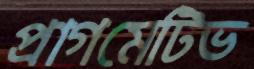
প্রাগমেটিভ